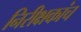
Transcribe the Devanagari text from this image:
निरीक्षकांच